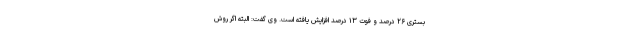
بستری ۲۶ درصد و فوت ۱۳ درصد افزایش یافته است. وی گفت: البته اگر روش